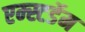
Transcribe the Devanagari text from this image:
एम्स्टर्डेम